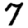
Digit: 7